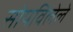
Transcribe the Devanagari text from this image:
सोपविलेले